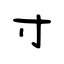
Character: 寸